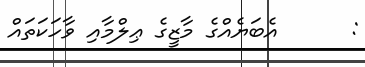
:      އެބަޔެއްގެ މާޒީގެ ޢިލްމާއި ވާހަކަތައް